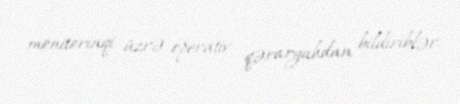
monitorinqi üzrə operativ qərargahdan bildiriblər.